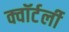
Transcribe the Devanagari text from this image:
क्वॉर्टर्ली